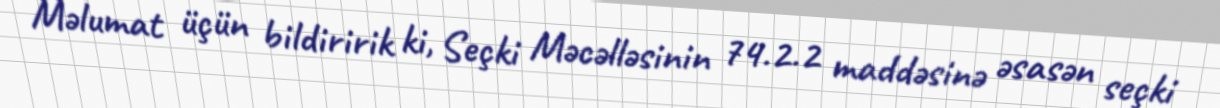
Məlumat üçün bildiririk ki, Seçki Məcəlləsinin 74.2.2 maddəsinə əsasən seçki